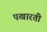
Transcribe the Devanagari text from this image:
पखारती